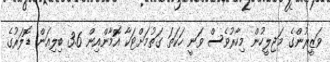
ވަޒީރުންގެ މަޖިލީހުން މިހާރުވެސް ވަނީ ހަކަތަ ގަތުމަށްޓަކާ އޮމާންއިން 3.6 ބިލިއަން ޑޮލަރުގެ